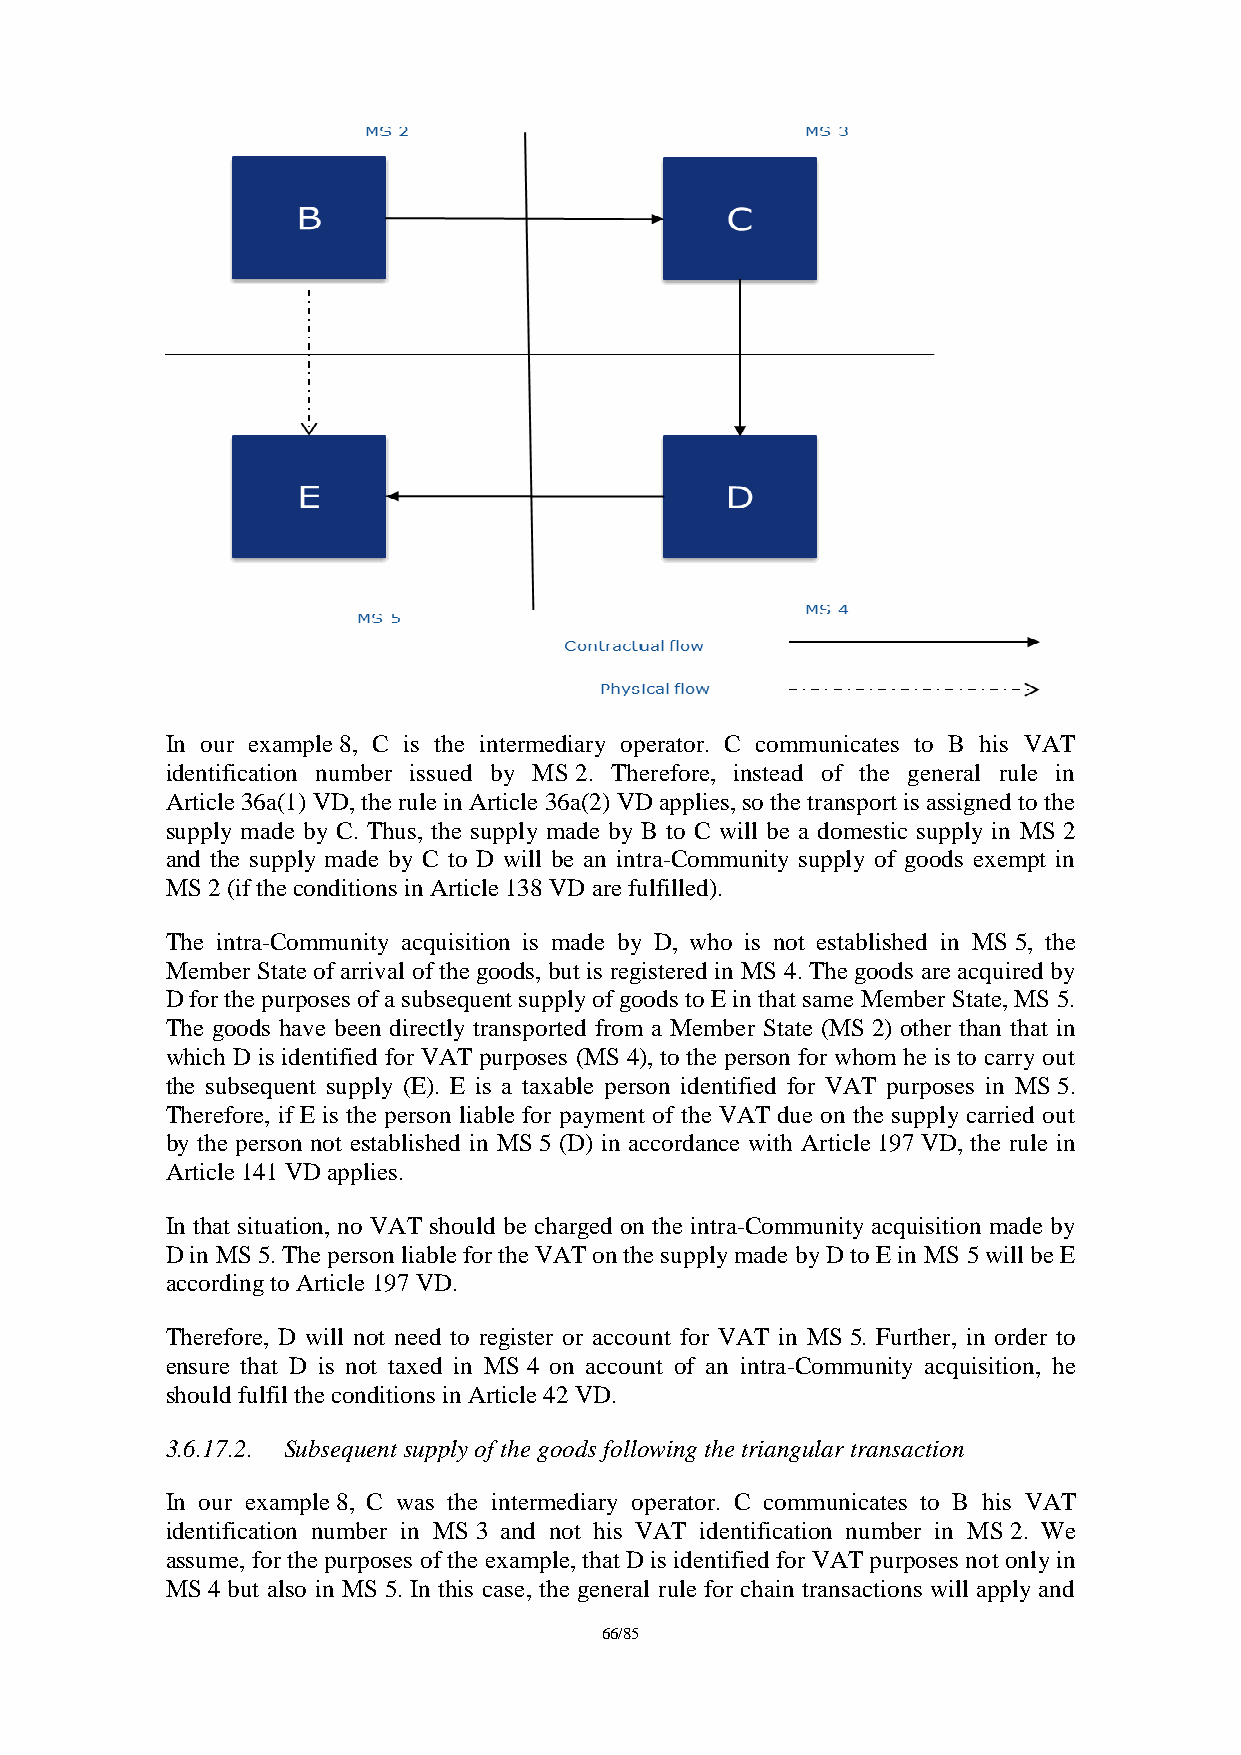
In our example 8, C is the intermediary operator. C communicates to B his VAT
 identification number issued by MS 2. Therefore, instead of the general rule in
 Article 36a(1) VD, the rule in Article 36a(2) VD applies, so the transport is assigned to the
 supply made by C. Thus, the supply made by B to C will be a domestic supply in MS 2
 and the supply made by C to D will be an intra-Community supply of goods exempt in
 MS 2 (if the conditions in Article 138 VD are fulfilled).
 The intra-Community acquisition is made by D, who is not established in MS 5, the
 Member State of arrival of the goods, but is registered in MS 4. The goods are acquired by
 D for the purposes of a subsequent supply of goods to E in that same Member State, MS 5.
 The goods have been directly transported from a Member State (MS 2) other than that in
 which D is identified for VAT purposes (MS 4), to the person for whom he is to carry out
 the subsequent supply (E). E is a taxable person identified for VAT purposes in MS 5.
 Therefore, if E is the person liable for payment of the VAT due on the supply carried out
 by the person not established in MS 5 (D) in accordance with Article 197 VD, the rule in
 Article 141 VD applies.
 In that situation, no VAT should be charged on the intra-Community acquisition made by
 D in MS 5. The person liable for the VAT on the supply made by D to E in MS 5 will be E
 according to Article 197 VD.
 Therefore, D will not need to register or account for VAT in MS 5. Further, in order to
 ensure that D is not taxed in MS 4 on account of an intra-Community acquisition, he
 should fulfil the conditions in Article 42 VD.
 3.6.17.2. Subsequent supply of the goods following the triangular transaction
 In our example 8, C was the intermediary operator. C communicates to B his VAT
 identification number in MS 3 and not his VAT identification number in MS 2. We
 assume, for the purposes of the example, that D is identified for VAT purposes not only in
 MS 4 but also in MS 5. In this case, the general rule for chain transactions will apply and
 66/85